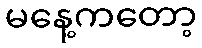
မနေ့ကတော့